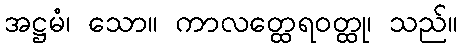
အဋ္ဌမံ၊ သော။ ကာလတ္ထေရဝတ္ထု၊ သည်။